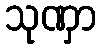
သုဏှာ